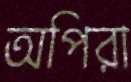
অপিরা